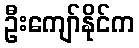
ဦးကျော်နိုင်က